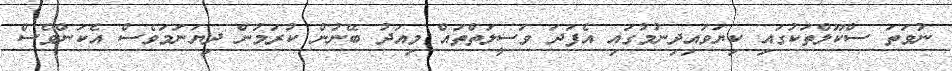
ނުވަތަ ސްކޫލްތަކުގައި ކިޔަވައިދިނުމުގައި އެފަދަ ވަސީލަތްތައް މިއަދު ބޭނުން ކުރަމުން ދިޔަނަމަވެސް އެކަންވެސް